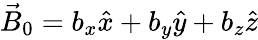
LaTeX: \vec{B}_{0}=b_{x}\hat{x}+b_{y}\hat{y}+b_{z}\hat{z}